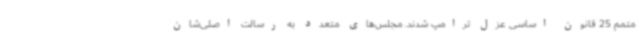
متمم 25 قانون اساسی عزل ترامپ شدند. مجلس‌های متعدد به رسالت اصلی‌شان